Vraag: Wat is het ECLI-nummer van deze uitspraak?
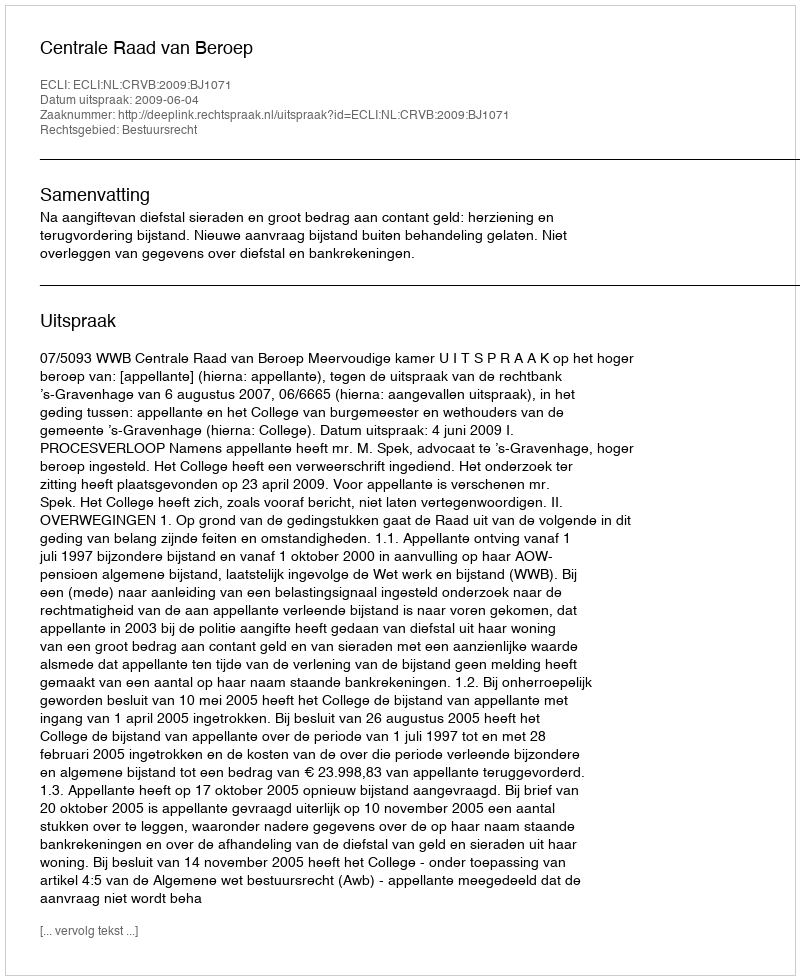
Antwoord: ECLI:NL:CRVB:2009:BJ1071